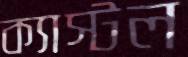
ক্যাস্টল